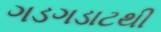
ગડગડાટથી